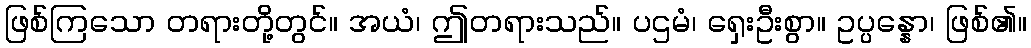
ဖြစ်ကြသော တရားတို့တွင်။ အယံ၊ ဤတရားသည်။ ပဌမံ၊ ရှေးဦးစွာ။ ဥပ္ပန္နော၊ ဖြစ်၏။